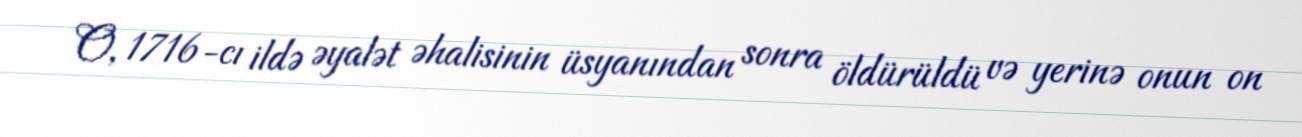
O, 1716-cı ildə əyalət əhalisinin üsyanından sonra öldürüldü və yerinə onun on